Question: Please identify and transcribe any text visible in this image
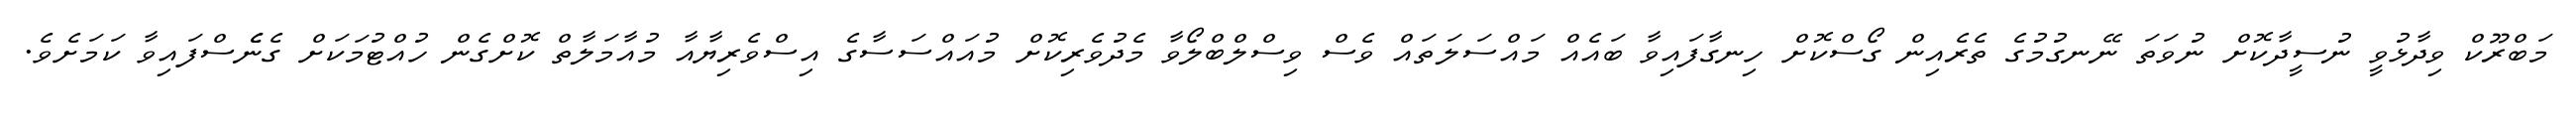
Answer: މަބްރޫކް ވިދާޅުވީ ނުސީދާކޮށް ނުވަތަ ނޭނގުމުގެ ތެރެއިން ގޯސްކޮށް ހިނގާފައިވާ ބައެއް މައްސަލަތައް ވެސް ވިސްލްބްލޯވާ މެދުވެރިކޮށް މުއައްސަސާގެ އިސްވެރިޔާއާ މުއާމަލާތް ކޮށްގެން ހުއްޓުމަކަށް ގެނެެސްފައިވާ ކަމަށެވެ.